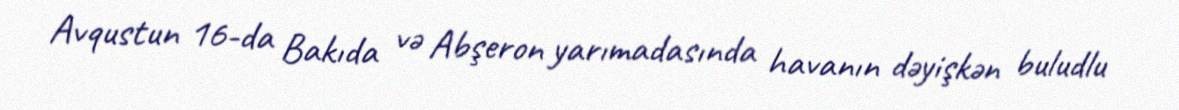
Avqustun 16-da Bakıda və Abşeron yarımadasında havanın dəyişkən buludlu